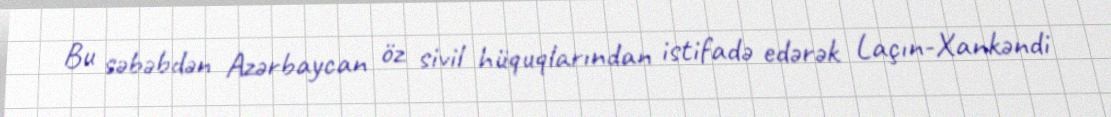
Bu səbəbdən Azərbaycan öz sivil hüquqlarından istifadə edərək Laçın-Xankəndi